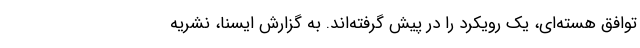
توافق هسته‌ای، یک رویکرد را در پیش گرفته‌اند. به گزارش ایسنا، نشریه